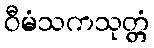
ဝီမံသကသုတ္တံ